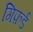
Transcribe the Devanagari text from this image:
गिफ़र्ड